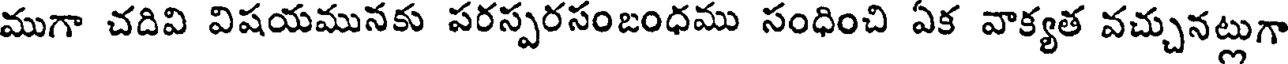
ముగా చదివి విషయమునకు పరస్పరసంబంధము సంధించి ఏక వాక్యత వచ్చునట్లుగా